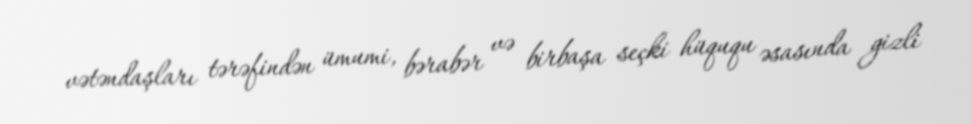
vətəndaşları tərəfindən ümumi, bərabər və birbaşa seçki hüququ əsasında gizli